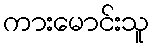
ကားမောင်းသူ